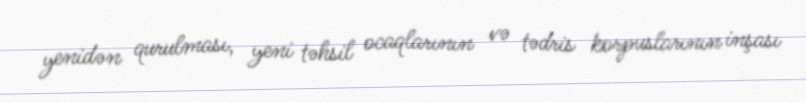
yenidən qurulması, yeni təhsil ocaqlarının və tədris korpuslarının inşası